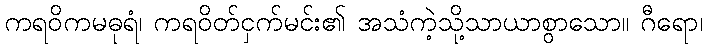
ကရဝိကမဓုရံ၊ ကရဝိတ်ငှက်မင်း၏ အသံကဲ့သို့သာယာစွာသော။ ဂီရော၊